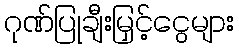
ဂုဏ်ပြုချီးမြှင့်ငွေများ